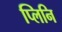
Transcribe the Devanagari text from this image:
प्लिनि